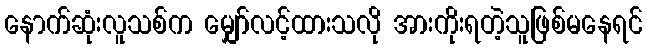
နောက်ဆုံးလူသစ်က မျှော်လင့်ထားသလို အားကိုးရတဲ့သူဖြစ်မနေရင်